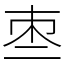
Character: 𠄬